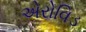
એરોવિડ